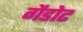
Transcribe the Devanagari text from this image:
गैडोट